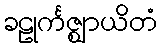
ခဠုင်္ကဇ္ဈာယိတံ